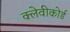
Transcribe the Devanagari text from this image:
क्लेवीकोर्ड